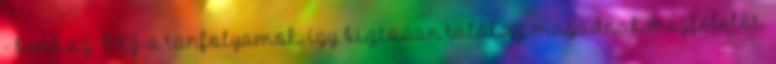
- borász OKJ-s tanfolyamok, így biztosan találsz magadnak megfelelőt.